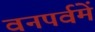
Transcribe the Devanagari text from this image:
वनपर्वमें